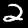
Label: 2